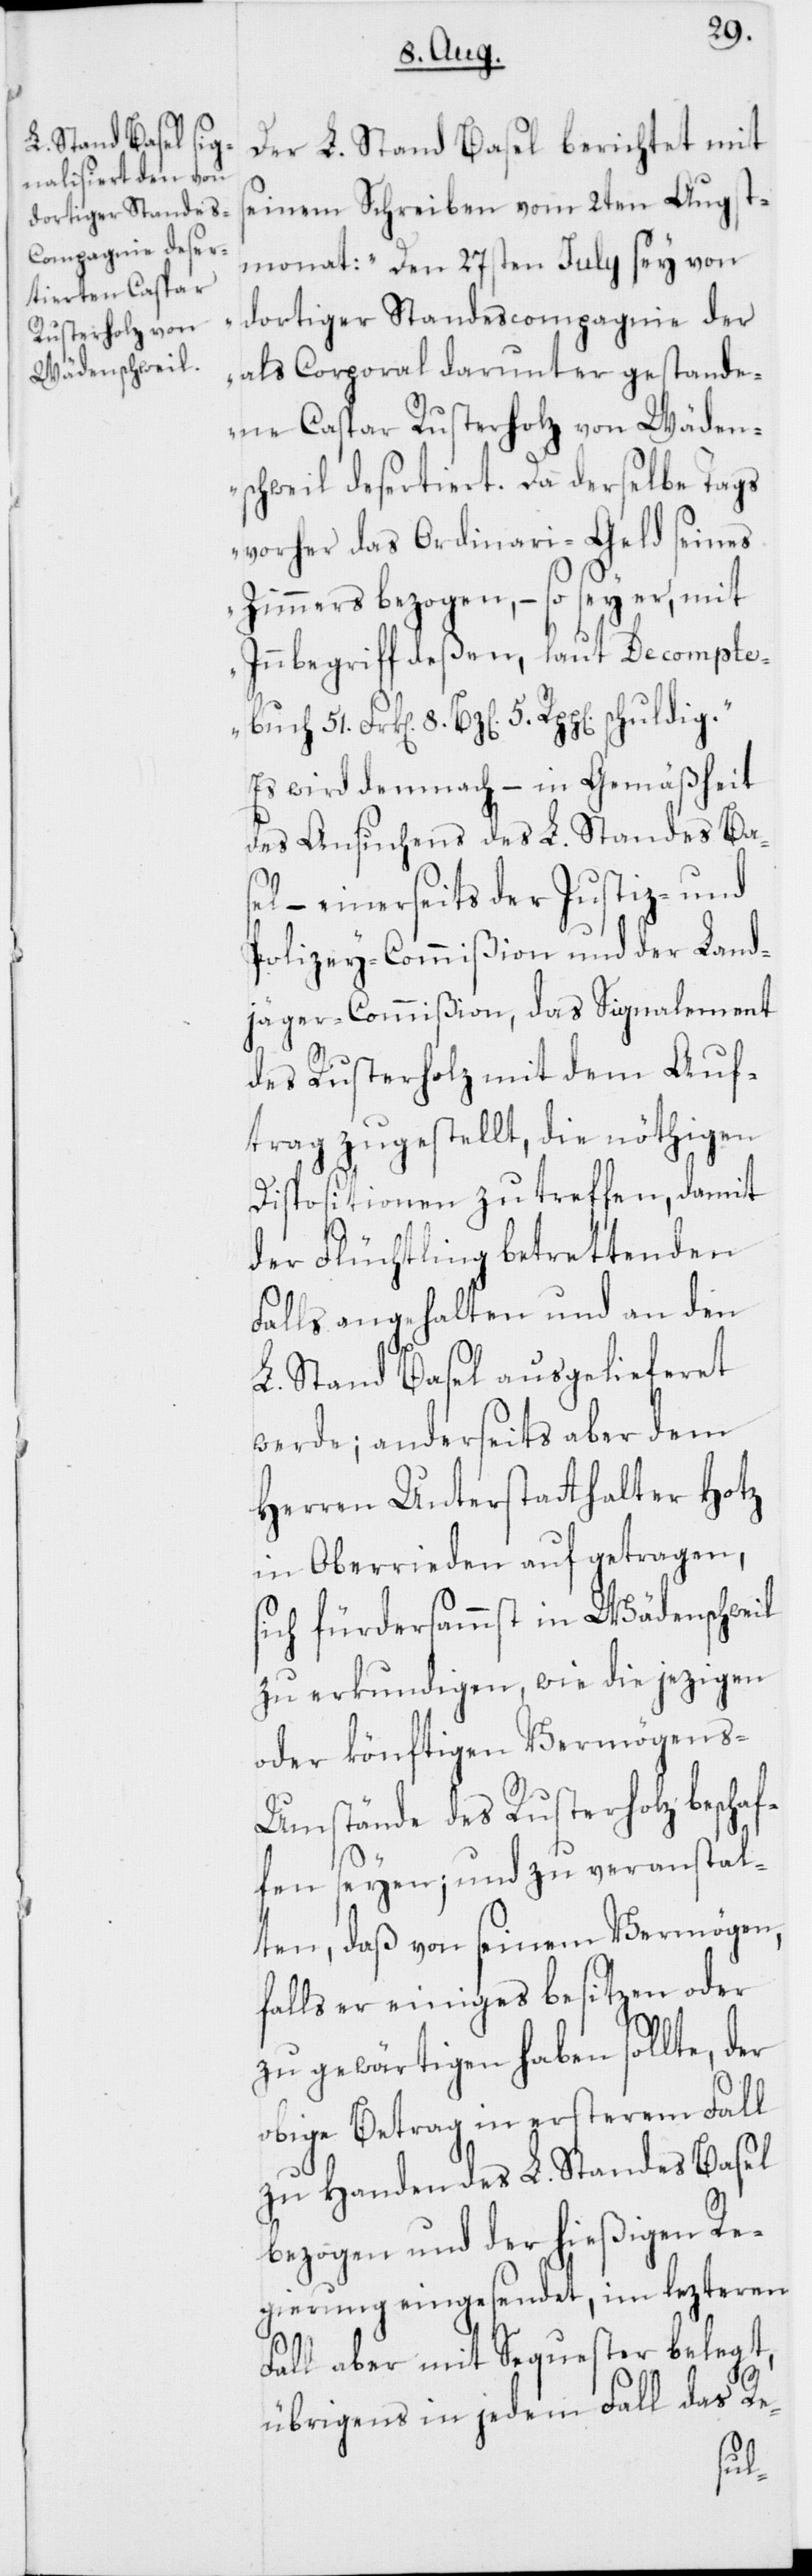
Der L. Stand Basel berichtet mit
seinem Schreiben vom 2ten Augst¬
monat: „Den 27sten July sey von
dortiger Standescompagnie der
als Corporal darunter gestande¬
ne Caspar Rusterholz von Wäden¬
schweil desertiert. Da derselbe Tags
vorher das Ordinari-Geld seines
Zimmers bezogen, – so sey er, mit
Innbegriff deßen, laut Decomptebuch
Es wird demnach – in Gemäßheit
des Ansuchens des L. Standes Bas¬
el – einerseits der Justiz- und
Polizey-Commißion und der Land¬
jäger-Commißion, das Signalement
des Rusterholz mit dem Auf¬
trag zugestellt, die nöthigen
Dispositionen zu treffen, damit
der Flüchtling betrettenden
Falls angehalten und an den
L. Stand Basel ausgelieferet
werde; anderseits aber dem
Herren Unterstatthalter Hotz
in Oberrieden aufgetragen,
sich fürdersammst in Wädenschweil
zu erkundigen, wie die jezigen
oder könftigen Vermögens-U¬
mstände des Rusterholz beschaf¬
fen seyen; und zu veranstal¬
ten, daß von seinem Vermögen,
falls er einiges besitzen oder
zu gewärtigen haben sollte, der
obige Betrag in ersterem Fall
zu Handen des L. Standes Basel
bezogen und der hießigen Re¬
gierung eingesendet, in lezterem
Fall aber mit Sequester belegt,
übrigens in jedem Fall das Re-